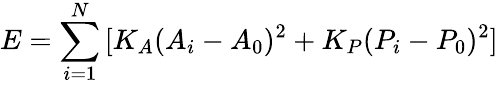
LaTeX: E=\sum_{i=1}^{N}{[K_{A}(A_{i}-A_{0})^{2}+K_{P}(P_{i}-P_{0})^{2}]}